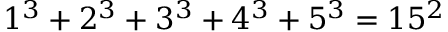
1 ^ { 3 } + 2 ^ { 3 } + 3 ^ { 3 } + 4 ^ { 3 } + 5 ^ { 3 } = 1 5 ^ { 2 }